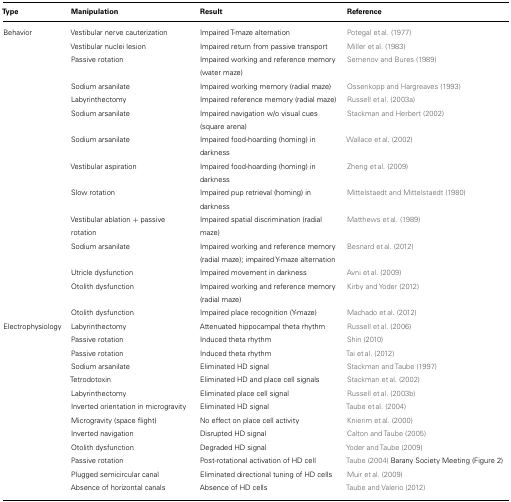
| Type | Manipulation | Result | Reference |
 | --- | --- | --- | --- |
 | Behavior | Vestibular nerve cauterization | Impaired T-maze alternation | Potegal et al. (1977) |
 |  | Vestibular nuclei lesion | Impaired return from passive transport | Miller et al. (1983) |
 |  | Passive rotation | Impaired working and reference memory (water maze) | Semenov and Bures (1989) |
 |  | Sodium arsanilate | Impaired working memory (radial maze) | Ossenkopp and Hargreaves (1993) |
 |  | Labyrinthectomy | Impaired reference memory (radial maze) | Russell et al. (2003a) |
 |  | Sodium arsanilate | Impaired navigation w/o visual cues (square arena) | Stackman and Herbert (2002) |
 |  | Sodium arsanilate | Impaired food-hoarding (homing) in darkness | Wallace et al. (2002) |
 |  | Vestibular aspiration | Impaired food-hoarding (homing) in darkness | Zheng et al. (2009) |
 |  | Slow rotation | Impaired pup retrieval (homing) in darkness | Mittelstaedt and Mittelstaedt (1980) |
 |  | Vestibular ablation + passive rotation | Impaired spatial discrimination (radial maze) | Matthews et al. (1989) |
 |  | Sodium arsanilate | Impaired working and reference memory (radial maze); impaired Y-maze alternation | Besnard et al. (2012) |
 |  | Utricle dysfunction | Impaired movement in darkness | Avni et al. (2009) |
 |  | Otolith dysfunction | Impaired working and reference memory (radial maze) | Kirby and Yoder (2012) |
 |  | Otolith dysfunction | Impaired place recognition (Y-maze) | Machado et al. (2012) |
 | Electrophysiology | Labyrinthectomy | Attenuated hippocampal theta rhythm | Russell et al. (2006) |
 |  | Passive rotation | Induced theta rhythm | Shin (2010) |
 |  | Passive rotation | Induced theta rhythm | Tai et al. (2012) |
 |  | Sodium arsanilate | Eliminated HD signal | Stackman and Taube (1997) |
 |  | Tetrodotoxin | Eliminated HD and place cell signals | Stackman et al. (2002) |
 |  | Labyrinthectomy | Eliminated place cell signal | Russell et al. (2003b) |
 |  | Inverted orientation in microgravity | Eliminated HD signal | Taube et al. (2004) |
 |  | Microgravity (space flight) | No effect on place cell activity | Knierim et al. (2000) |
 |  | Inverted navigation | Disrupted HD signal | Calton and Taube (2005) |
 |  | Otolith dysfunction | Degraded HD signal | Yoder and Taube (2009) |
 |  | Passive rotation | Post-rotational activation of HD cell | Taube (2004) Barany Society Meeting (Figure 2) |
 |  | Plugged semicircular canal | Eliminated directional tuning of HD cells | Muir et al. (2009) |
 |  | Absence of horizontal canals | Absence of HD cells | Taube and Valerio (2012) |